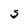
Character: S